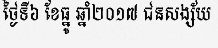
ថ្ងៃទី៦ ខែធ្នូ ឆ្នាំ២០១៧ ជនសង្ស័យ